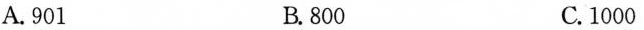
A.901 B.800 C.1000